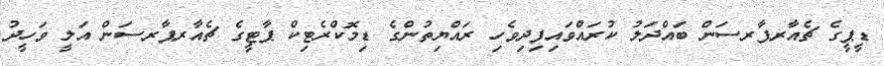
ޑީޕީގެ ޗެއާރޕާރސަން ބައްދަލު ކުރައްވައިފިދިވެހި ރައްޔިތުންގެ ޑިމޮކްރެޓިކް ޕާޓީގެ ޗެއާރޕާރސަން އަލީ ވަހީދު